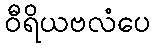
ဝီရိယဗလံပေ